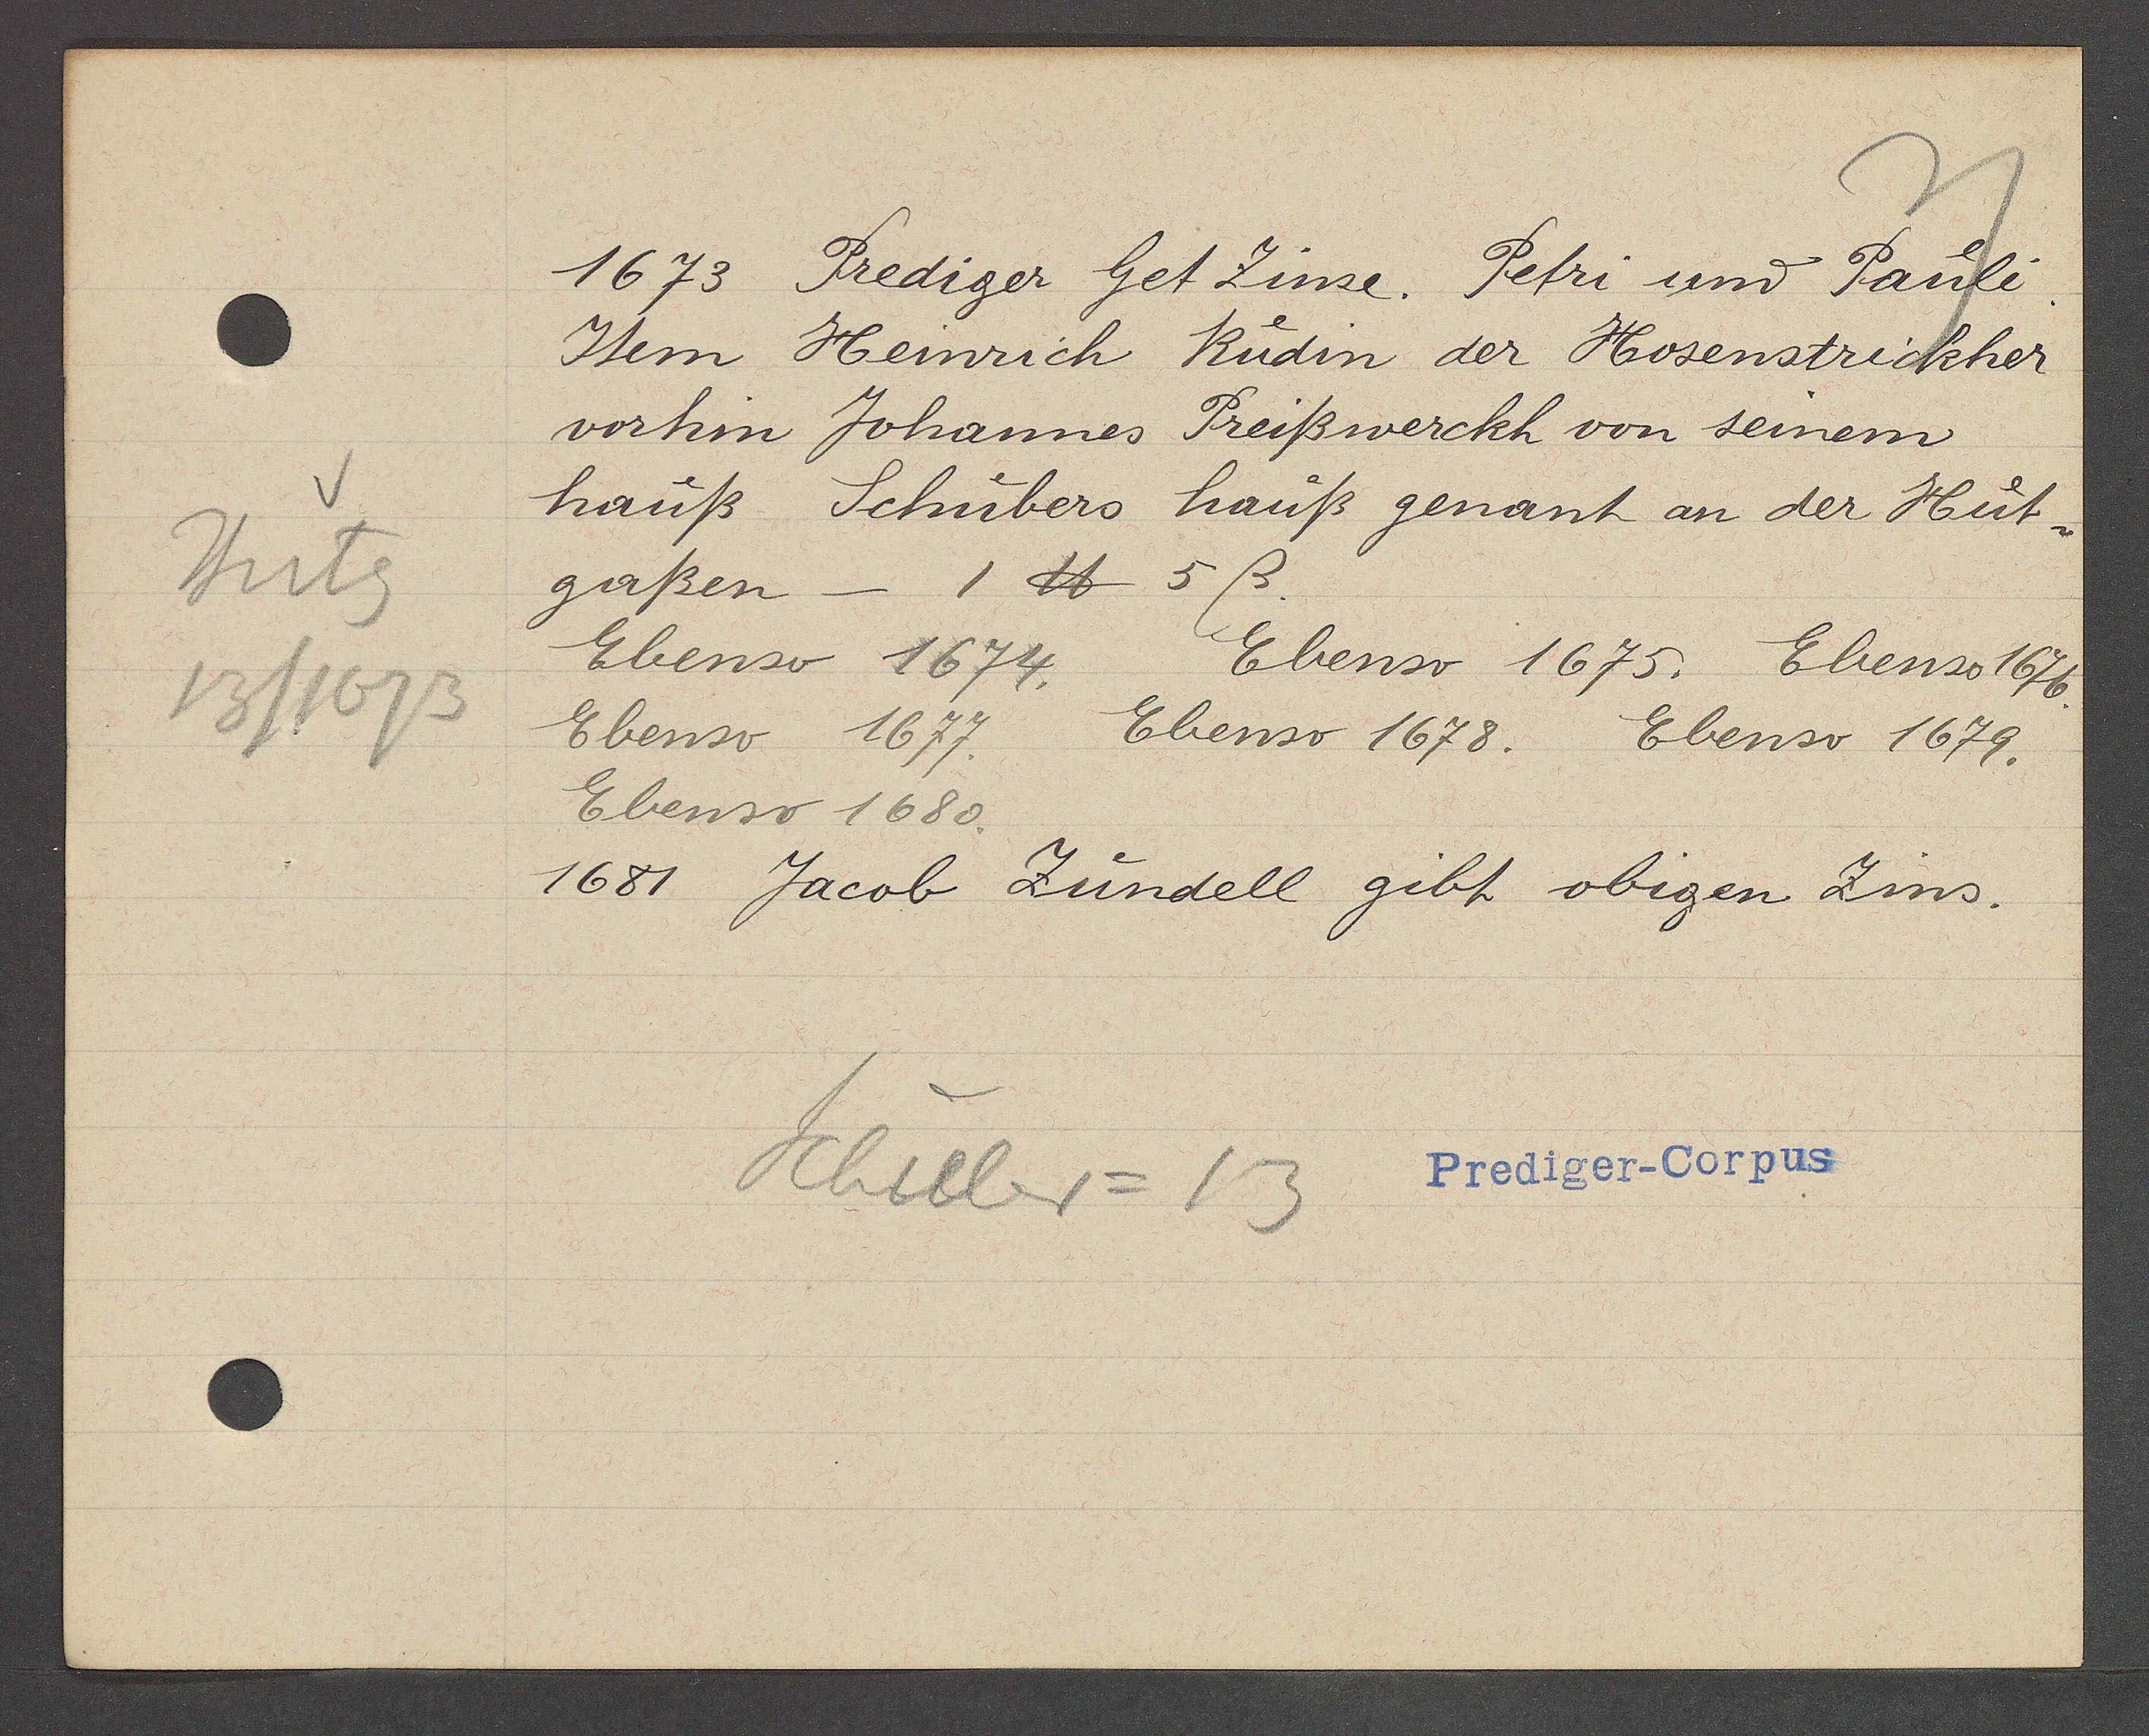
Transcript:
Hutg
13/1673

1673 Prediger Get Zinse. Petri und Pauli.

Item Heinrich
Rudin der Hosenstrickher
vorhin Johannes
Preißwerckh von seinem
hauß Schübers
hauß genant an der Hut-
gaßen - 1 ℔ 5ß
Ebenso 1674.
Ebenso 1675. Ebenso 1676.
Ebenso 1677.
Ebenso 1678.
Ebenso 1679.
Ebenso 1680.
1681 Jacob Zundell gibt obigen Zins.

Schuber = 13

Prediger-Corpus